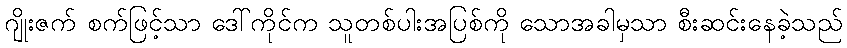
ဂျိုးဇက် စက်ဖြင့်သာ ဒေါ်ကိုင်က သူတစ်ပါးအပြစ်ကို သောအခါမှသာ စီးဆင်းနေခဲ့သည်